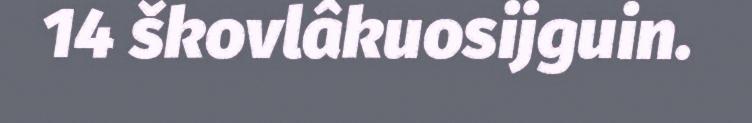
14 škovlâkuosijguin.